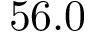
5 6 . 0